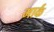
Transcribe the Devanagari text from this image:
मार्कं